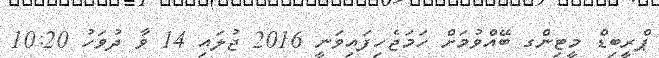
ޕްރީބިޑް މީޓިންގ ބޭއްވުމަށް ހަމަޖެހިފައިވަނީ 2016 ޖުލައި 14 ވާ ދުވަހު 10:20